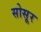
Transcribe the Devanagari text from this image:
सोसूर